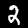
Label: 2